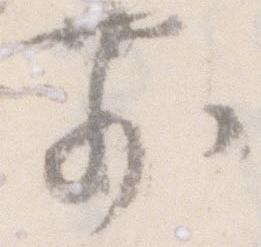
前